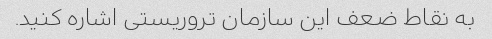
به نقاط ضعف این سازمان تروریستی اشاره کنید.